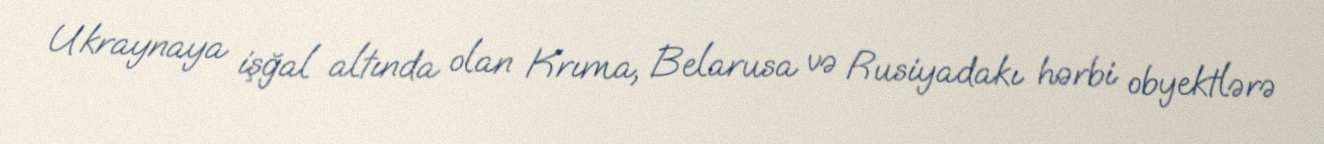
Ukraynaya işğal altında olan Krıma, Belarusa və Rusiyadakı hərbi obyektlərə